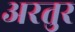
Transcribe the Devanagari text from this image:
अरतुर